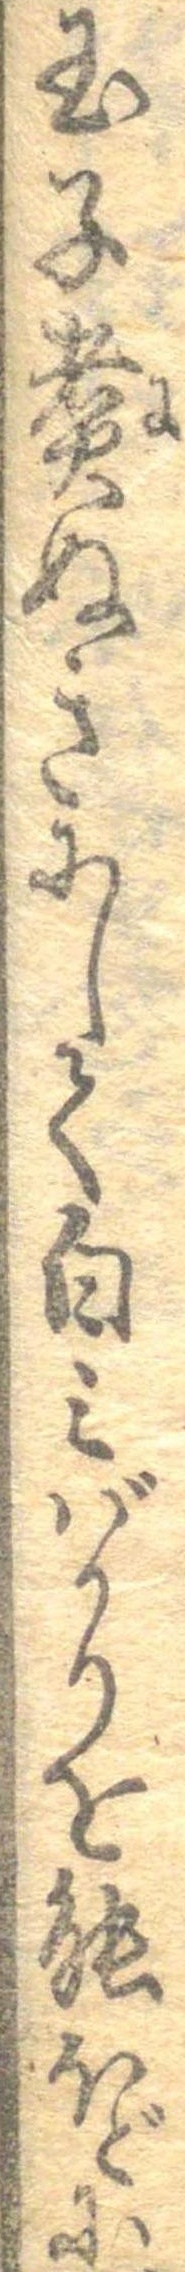
玉子煮ぬきにして白みばかりを能ほどに